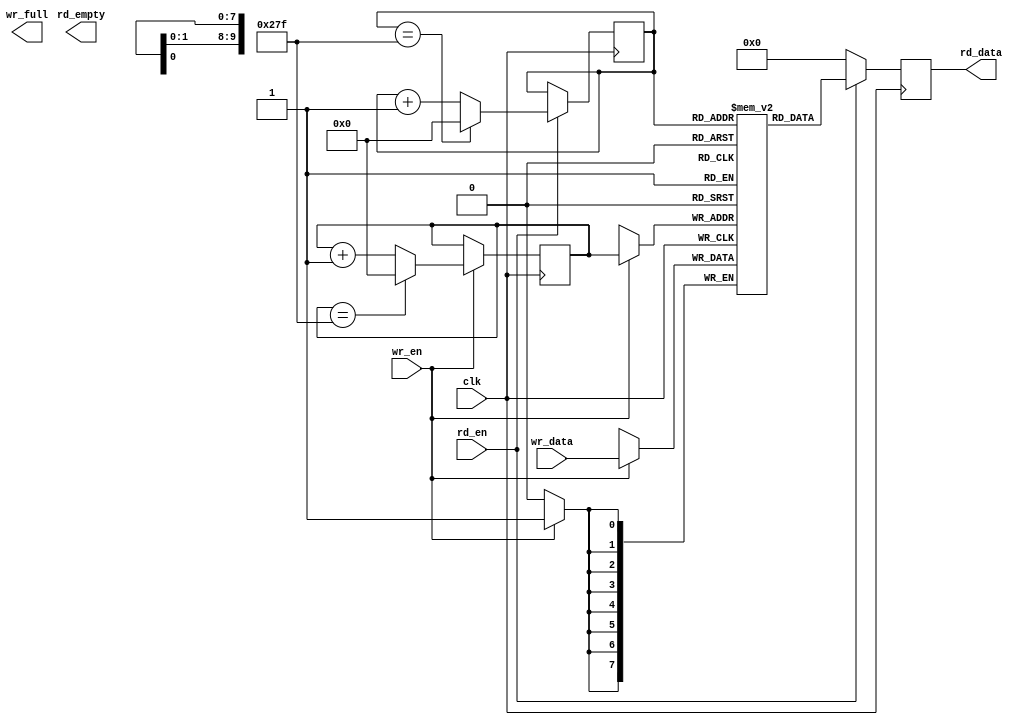
`timescale 1ns / 1ps
module fifo_ram#(
    parameter DATA_WIDTH = 8,
    parameter DATA_DEPTH = 640
)
(
    input                               clk,
    //write port
    input                               wr_en,
    input       [DATA_WIDTH - 1 : 0]    wr_data,
    output                              wr_full,
    //read port
    input                               rd_en,
    output reg  [DATA_WIDTH - 1 : 0]    rd_data,
    output                              rd_empty
);
    //define ram
    (*ram_style = "block" *) reg [DATA_WIDTH - 1 : 0] fifo_buffer[DATA_DEPTH - 1 : 0];

    integer i;
    initial begin
        for(i = 0;i<DATA_DEPTH;i = i + 1)begin
            fifo_buffer[i] <=  0;
        end
    end

    reg     [$clog2(DATA_DEPTH) - 1 : 0]    wr_pointer = 0;//form end to read data
    reg     [$clog2(DATA_DEPTH) - 1 : 0]    rd_pointer = 0;
    wire    [DATA_WIDTH - 1 : 0]            rd_data_out;

//keep track of the write  pointer
always @(posedge clk) begin
    if (wr_en) begin
        if (wr_pointer == DATA_DEPTH - 1) begin
            wr_pointer <= 0; 
        end
        else begin
            wr_pointer <= wr_pointer + 1;
        end
    end
end

//keep track of the read pointer 
always @(posedge clk) begin
    if (rd_en) begin
        if (rd_pointer == DATA_DEPTH - 1) begin
            rd_pointer <= 0;
        end
        else begin
            rd_pointer <= rd_pointer + 1;
        end
    end
end

//write data into fifo when wr_en is asserted
always @(posedge clk) begin
    if (wr_en) begin
        fifo_buffer[wr_pointer] <= wr_data;
    end
end

assign rd_data_out = rd_en ? fifo_buffer[rd_pointer] : 0;
    
always @(posedge clk) begin
    rd_data <=  rd_data_out;//
end


endmodule